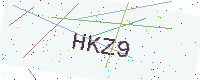
Text: HKZ9